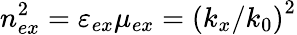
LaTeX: n_{ex}^{2}=\varepsilon_{ex}\mu_{ex}=\left(k_{x}/k_{0}\right)^{2}